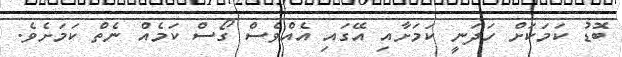
ބޮޑު ކަމަކަށް ހަދަނީ ކަމަށާއި އޭގައި އެއްވެސް ގޯސް ކަމެއް ނެތް ކަމަށެވެ.